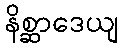
နိစ္ဆာဒေယျ